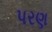
પરણ